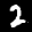
Label: 2